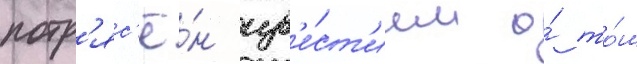
потр'яс'ё́н изв'е́ст'ием о́ то́м